Report of the Indian Hemp Drugs Commission, 1894-1895 - Volume VIII
Year: 1894
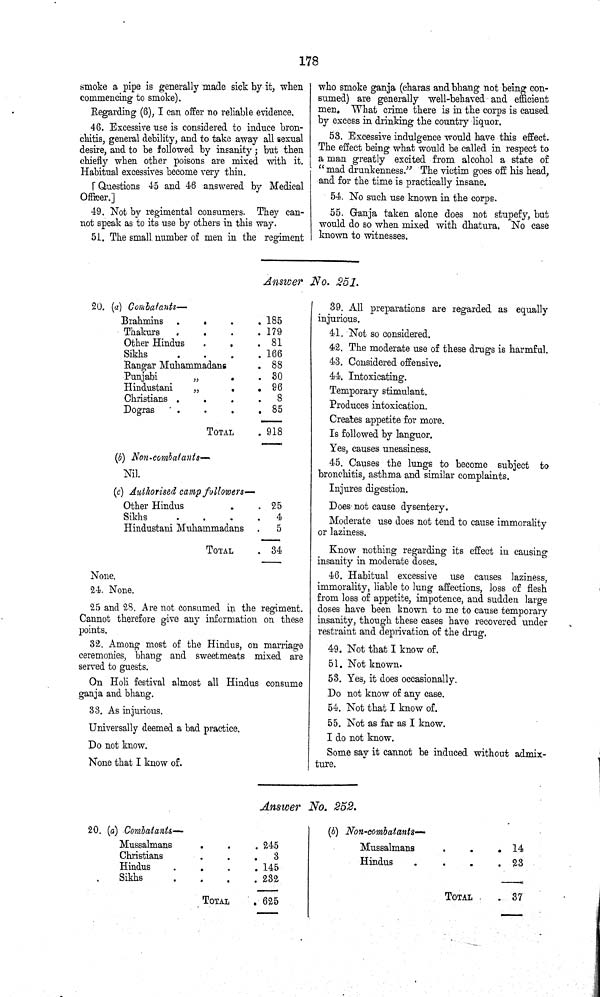
178
smoke a pipe is generally made sick by it, when
commencing to smoke).
Regarding (6), I can offer no reliable evidence.
46. Excessive use is considered to induce bron¬
chitis, general debility, and to take away all sexual
desire, and to be followed by insanity; but then
chiefly when other poisons are mixed with it.
Habitual excessives become very thin.
[Questions 45 and 46 answered by Medical
Officer.]
49. Not by regimental consumers. They can¬
not speak as to its use by others in this way.
51. The small number of men in the regiment
who smoke ganja (charas and bhang not being con¬
sumed) are generally well-behaved and efficient
men. What crime there is in the corps is caused
by excess in drinking the country liquor.
53. Excessive indulgence would have this effect.
The effect being what would be called in respect to
a man greatly excited from alcohol a state of
"mad drunkenness." The victim goes off his head,
and for the time is practically insane.
54. No such use known in the corps.
55. Ganja taken alone does not stupefy, but
would do so when mixed with dhatura. No case
known to witnesses.
Answer No. 251.
20. (a) Combatants—
Brahmins
185
Thakurs
179
Other Hindus
81
Sikhs
166
Rangar Muhammadans
88
Punjabi
30
Hindustani
96
Christians
8
Dogras
85
TOTAL
918
(b) Non-combatants—
Nil.
(c) Authorised camp followers—
Other Hindus
25
Sikhs
4
Hindustani Muhammadans
5
TOTAL
34
None.
24. None.
25 and 28. Are not consumed in the regiment.
Cannot therefore give any information on these
points.
32. Among most of the Hindus, on marriage
ceremonies, bhang and sweetmeats mixed are
served to guests.
On Holi festival almost all Hindus consume
ganja and bhang.
33. As injurious.
Universally deemed a bad practice.
Do not know.
None that I know of.
39. All preparations are regarded as equally
injurious.
41. Not so considered.
42. The moderate use of these drugs is harmful.
43. Considered offensive.
44. Intoxicating.
Temporary stimulant.
Produces intoxication.
Creates appetite for more.
Is followed by languor.
Yes, causes uneasiness.
45. Causes the lungs to become subject to
bronchitis, asthma and similar complaints.
Injures digestion.
Does not cause dysentery.
Moderate use does not tend to cause immorality
or laziness.
Know nothing regarding its effect in causing
insanity in moderate doses.
46. Habitual excessive use causes laziness,
immorality, liable to lung affections, loss of flesh
from loss of appetite, impotence, and sudden large
doses have been known to me to cause temporary
insanity, though these cases have recovered under
restraint and deprivation of the drug.
49. Not that I know of.
51. Not known.
53. Yes, it does occasionally.
Do not know of any case.
54. Not that I know of.
55. Not as far as I know.
I do not know.
Some say it cannot be induced without admix¬
ture.
Answer No. 252.
20. (a) Combatants—
Mussalmans
245
Christians
3
Hindus
145
Sikhs
232
TOTAL
625
(b) Non-combatants—
Mussalmans
14
Hindus
23
TOTAL
37